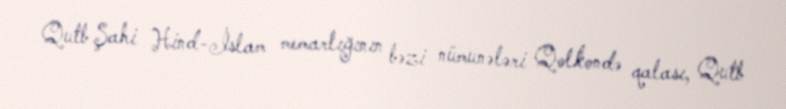
Qutb Şahi Hind-İslam memarlığının bəzi nümunələri Qolkondə qalası, Qutb